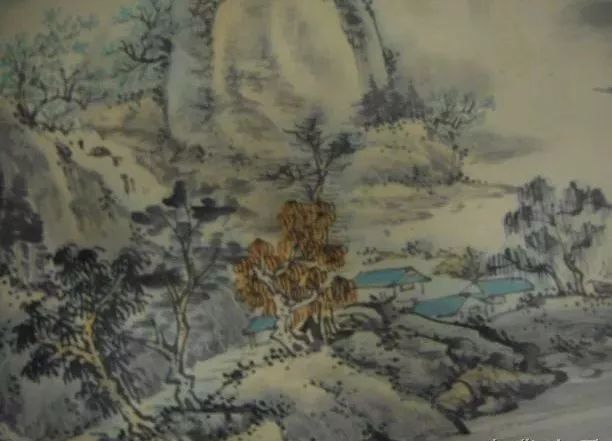
霜草苍苍虫切切，村南村北行人绝。